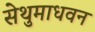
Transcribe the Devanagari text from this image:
सेथुमाधवन